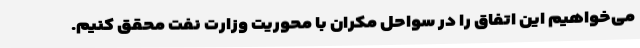
می‌خواهیم این اتفاق را در سواحل مکران با محوریت وزارت نفت محقق کنیم.